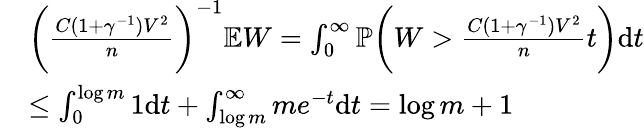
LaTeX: \begin{array}{rl}&{\bigg(\frac{C(1+\gamma^{-1})V^{2}}{n}\bigg)^{-1}\mathbb{E}W=\int_{0}^{\infty}\mathbb{P}\bigg(W>\frac{C(1+\gamma^{-1})V^{2}}{n}t\bigg)\mathrm{d}t}\\ &{\leq\int_{0}^{\log m}1\mathrm{d}t+\int_{\log m}^{\infty}me^{-t}\mathrm{d}t=\log m+1}\end{array}